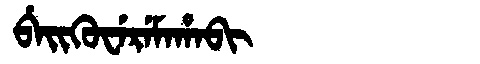
Manchu: ᠪᡝᡳᡴᡠᠸᡝᡵᡝᠮᠠᡥᠠᠪᡳ
Romanization: BEIKUWEREMAHABI